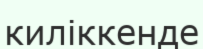
киліккенде